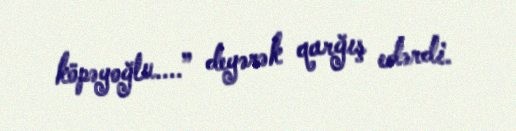
köpəyoğlu....” deyərək qarğış edərdi.